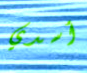
أسدي